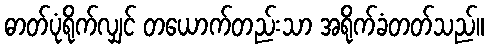
ဓာတ်ပုံရိုက်လျှင် တယောက်တည်းသာ အရိုက်ခံတတ်သည်။